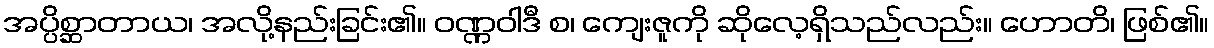
အပ္ပိစ္ဆာတာယ၊ အလို့နည်းခြင်း၏။ ဝဏ္ဏဝါဒီ စ၊ ကျေးဇူကို ဆိုလေ့ရှိသည်လည်း။ ဟောတိ၊ ဖြစ်၏။